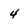
Character: 4